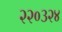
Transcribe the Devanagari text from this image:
२२०३२४